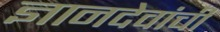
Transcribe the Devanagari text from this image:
ज्ञानदेवांची